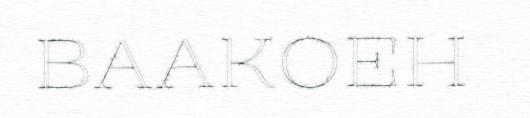
BAAKOEH